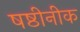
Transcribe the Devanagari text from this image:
षष्ठीनीक